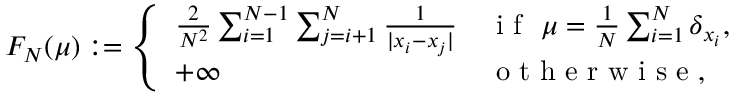
\begin{array} { r } { F _ { N } ( \mu ) : = \left\{ \begin{array} { l l } { { \frac { 2 } { N ^ { 2 } } } \sum _ { i = 1 } ^ { N - 1 } \sum _ { j = i + 1 } ^ { N } { \frac { 1 } { | x _ { i } - x _ { j } | } } } & { \mathrm { ~ i ~ f ~ } \ \mu = { \frac { 1 } { N } } \sum _ { i = 1 } ^ { N } \delta _ { x _ { i } } , } \\ { + \infty } & { \mathrm { ~ o ~ t ~ h ~ e ~ r ~ w ~ i ~ s ~ e ~ } , } \end{array} \right. } \end{array}